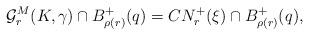
LaTeX: \begin{align*}\mathcal{G}^M_{r}(K,\gamma)\cap B^+_{\rho(r)}(q)= CN^+_{r}(\xi)\cap B^+_{\rho(r)}(q), \end{align*}